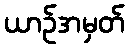
ယာဉ်အမှတ်